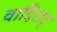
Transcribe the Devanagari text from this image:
वादिराट्